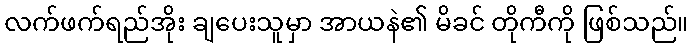
လက်ဖက်ရည်အိုး ချပေးသူမှာ အာယနဲ၏ မိခင် တိုကီကို ဖြစ်သည်။